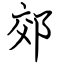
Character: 郊